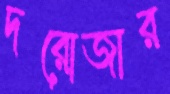
দরোজার